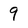
Character: 9